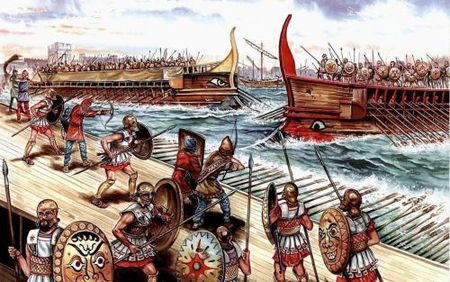
营州少年厌原野，狐裘蒙茸猎城下。